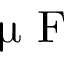
\upmu \textrm { F }